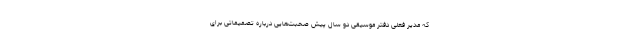
که مدیر فعلی دفتر موسیقی دو سال پیش صحبت‌هایی درباره تصمیماتی برای